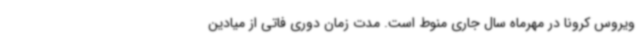
ویروس کرونا در مهرماه سال جاری منوط است. مدت زمان دوری فاتی از میادین